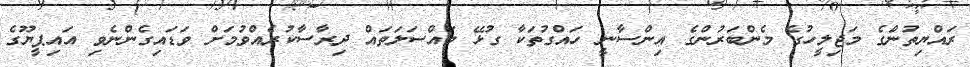
ރައްޔިތުންގެ މަޖިލީހުގެ މެންބަރުންގެ އިންސާނީ ހައްގުތަކާ ގުޅޭ މައްސަލަތައް ދިރާސާކުރެއްވުމަށް ވަޑައިގެންނެވި އައިޕީޔޫގެ